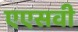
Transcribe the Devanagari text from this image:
एएसवी